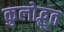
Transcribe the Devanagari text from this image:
कुलोद्भूत